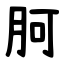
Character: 胢